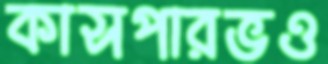
কাসপারভও